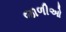
જાળીઓ